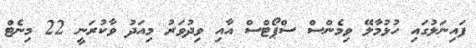
ފައިނަލުގައި ހުޅުމާލޭ ވިމެންސް ސްޕޯޓްސް އާއި ވިދުވަރު މިއަދު ވާކުރަނީ 22 މިނެޓް